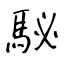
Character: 駜